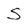
Character: S